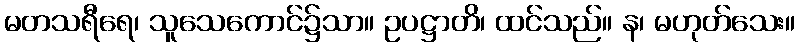
မတသရီရေ၊ သူသေကောင်၌သာ။ ဥပဋ္ဌာတိ၊ ထင်သည်။ န၊ မဟုတ်သေး။